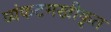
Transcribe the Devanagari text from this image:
व्यंकटमखीकृत